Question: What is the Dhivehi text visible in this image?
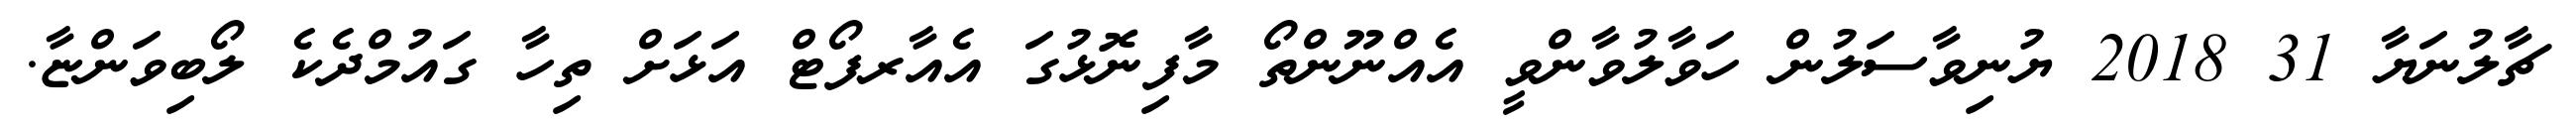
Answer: ޗާލުނަޔާ 31 2018 ޔުނިވާސަލުން ހަވާލުވާންވީ އެއްނޫންތޯ މާފިނޮޅުގަ އެއާރފޯޓް އަޅަށް ތިހާ ގައުމްދެކެ ލޯބިވަންޏާ.